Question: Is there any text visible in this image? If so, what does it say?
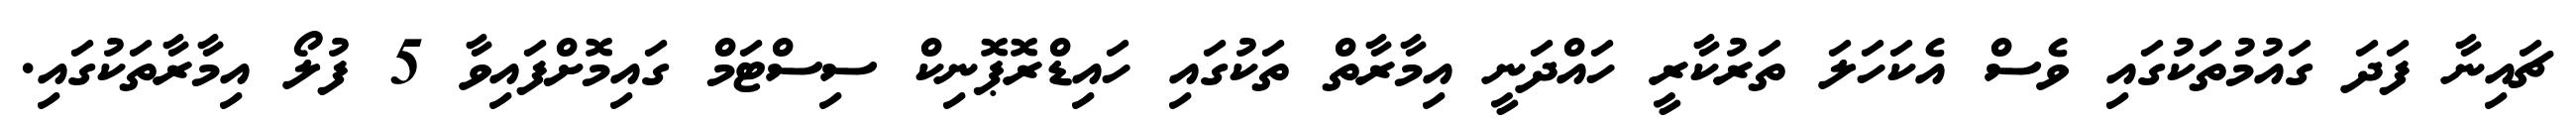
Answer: ޗައިނާ ފަދަ ގައުމުތަކުގައި ވެސް އެކަހަލަ ތަރުކާރީ ހައްދަނީ އިމާރާތް ތަކުގައި ހައިޑްރޮޕޮނިކް ސިސްޓަމް ގައިމޮށްފައިވާ 5 ފުލޯ އިމާރާތަކުގައި.